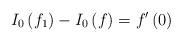
LaTeX: \begin{align*}I_{0}\left(f_{1}\right)-I_{0}\left(f\right)=f^{\prime}\left(0\right)\end{align*}